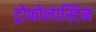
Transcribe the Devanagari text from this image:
ट्रोफोलास्टिन